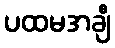
ပထမအချီ